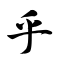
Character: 乎